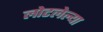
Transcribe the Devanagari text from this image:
लोटलेल्या